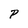
Character: P